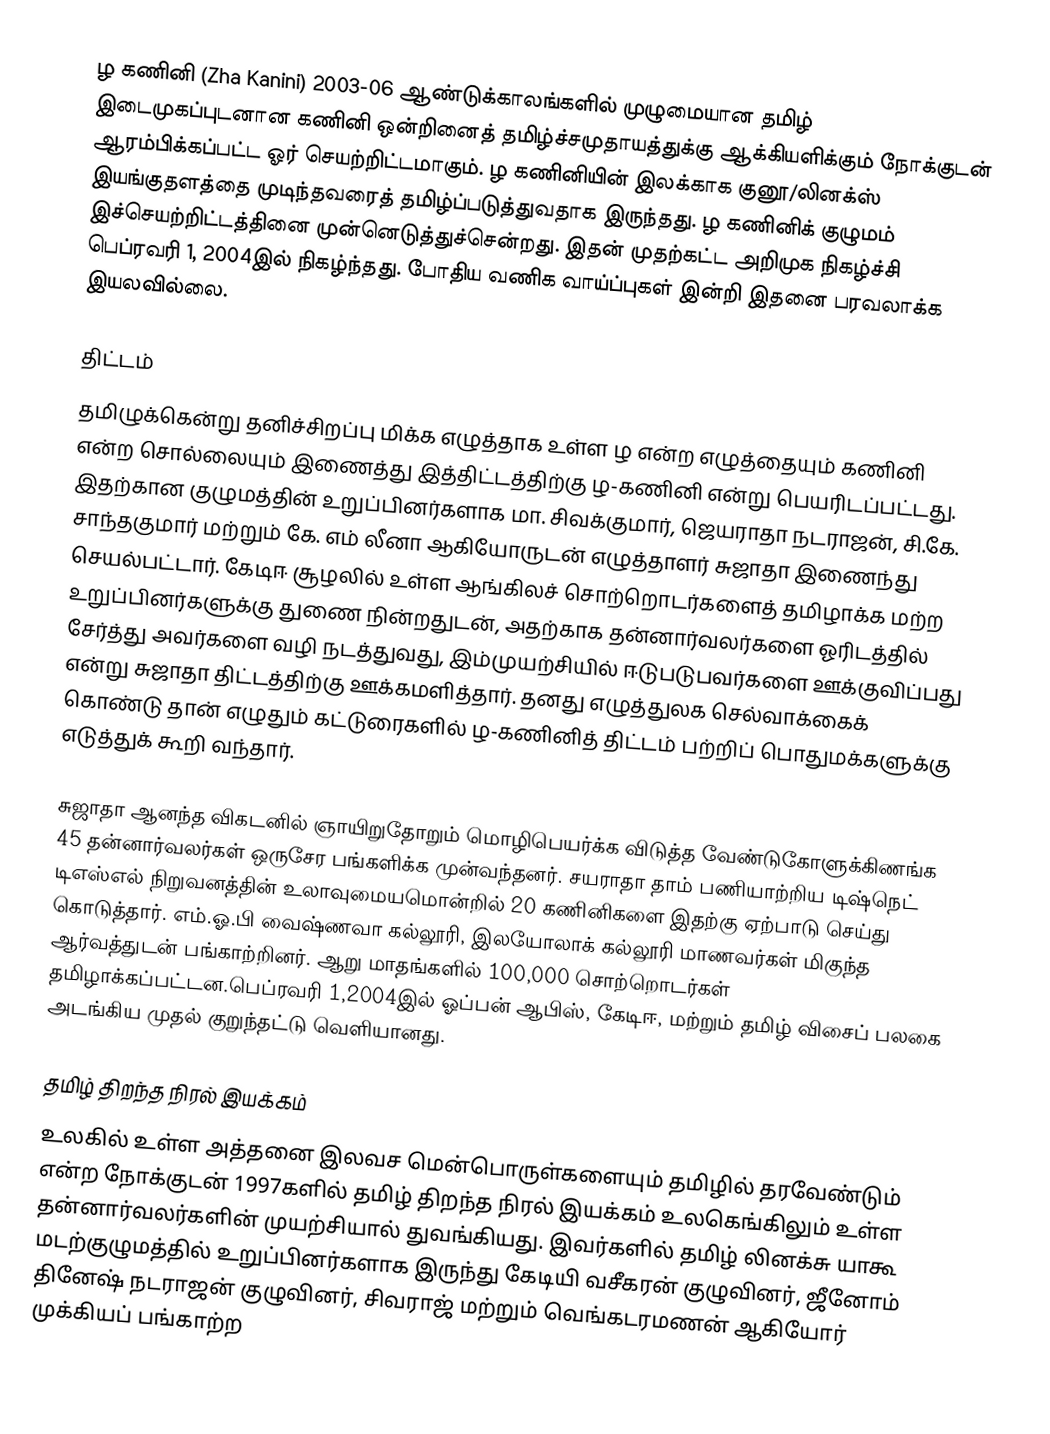
ழ கணினி  (Zha Kanini) 2003-06 ஆண்டுக்காலங்களில் முழுமையான தமிழ் இடைமுகப்புடனான கணினி ஒன்றினைத் தமிழ்ச்சமுதாயத்துக்கு ஆக்கியளிக்கும் நோக்குடன் ஆரம்பிக்கப்பட்ட ஓர் செயற்றிட்டமாகும். ழ கணினியின் இலக்காக குனூ/லினக்ஸ் இயங்குதளத்தை முடிந்தவரைத் தமிழ்ப்படுத்துவதாக இருந்தது. ழ கணினிக் குழுமம் இச்செயற்றிட்டத்தினை முன்னெடுத்துச்சென்றது. இதன் முதற்கட்ட அறிமுக நிகழ்ச்சி பெப்ரவரி 1, 2004இல் நிகழ்ந்தது. போதிய வணிக வாய்ப்புகள் இன்றி இதனை பரவலாக்க இயலவில்லை.

திட்டம்
தமிழுக்கென்று தனிச்சிறப்பு மிக்க எழுத்தாக உள்ள ழ என்ற எழுத்தையும் கணினி என்ற சொல்லையும் இணைத்து இத்திட்டத்திற்கு ழ-கணினி என்று பெயரிடப்பட்டது. இதற்கான குழுமத்தின் உறுப்பினர்களாக மா. சிவக்குமார், ஜெயராதா நடராஜன், சி.கே. சாந்தகுமார் மற்றும் கே. எம் லீனா ஆகியோருடன் எழுத்தாளர் சுஜாதா இணைந்து செயல்பட்டார்.   கேடிஈ சூழலில் உள்ள ஆங்கிலச் சொற்றொடர்களைத் தமிழாக்க மற்ற உறுப்பினர்களுக்கு துணை நின்றதுடன், அதற்காக தன்னார்வலர்களை ஓரிடத்தில் சேர்த்து அவர்களை வழி நடத்துவது, இம்முயற்சியில் ஈடுபடுபவர்களை ஊக்குவிப்பது  என்று சுஜாதா திட்டத்திற்கு ஊக்கமளித்தார். தனது எழுத்துலக செல்வாக்கைக் கொண்டு தான் எழுதும் கட்டுரைகளில்  ழ-கணினித் திட்டம் பற்றிப் பொதுமக்களுக்கு எடுத்துக் கூறி வந்தார்.

சுஜாதா ஆனந்த விகடனில் ஞாயிறுதோறும் மொழிபெயர்க்க விடுத்த வேண்டுகோளுக்கிணங்க 45 தன்னார்வலர்கள் ஒருசேர பங்களிக்க முன்வந்தனர். சயராதா தாம் பணியாற்றிய டிஷ்நெட் டிஎஸ்எல் நிறுவனத்தின் உலாவுமையமொன்றில் 20 கணினிகளை இதற்கு ஏற்பாடு செய்து கொடுத்தார். எம்.ஓ.பி வைஷ்ணவா கல்லூரி, இலயோலாக் கல்லூரி மாணவர்கள் மிகுந்த ஆர்வத்துடன் பங்காற்றினர். ஆறு மாதங்களில் 100,000 சொற்றொடர்கள் தமிழாக்கப்பட்டன.பெப்ரவரி 1,2004இல் ஓப்பன் ஆபிஸ், கேடிஈ, மற்றும் தமிழ் விசைப் பலகை அடங்கிய முதல் குறுந்தட்டு வெளியானது.

தமிழ் திறந்த நிரல் இயக்கம்
உலகில் உள்ள அத்தனை இலவச மென்பொருள்களையும் தமிழில் தரவேண்டும் என்ற நோக்குடன் 1997களில் தமிழ் திறந்த நிரல் இயக்கம் உலகெங்கிலும் உள்ள தன்னார்வலர்களின் முயற்சியால் துவங்கியது. இவர்களில்  தமிழ் லினக்சு  யாகூ மடற்குழுமத்தில்  உறுப்பினர்களாக  இருந்து  கேடியி வசீகரன் குழுவினர், ஜீனோம் தினேஷ் நடராஜன் குழுவினர், சிவராஜ் மற்றும் வெங்கடரமணன் ஆகியோர் முக்கியப் பங்காற்ற